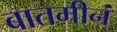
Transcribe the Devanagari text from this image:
बातमीनं